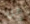
هل